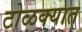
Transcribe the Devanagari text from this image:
टोळक्यात